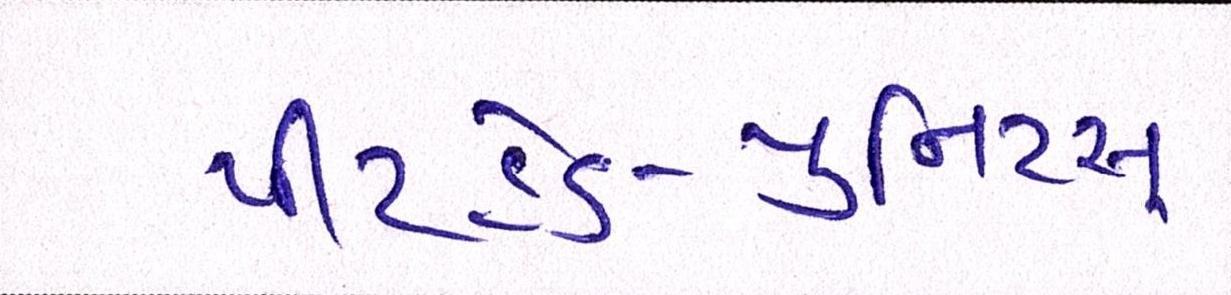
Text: પીટહેડ-યુનિટ્સ